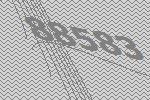
88583